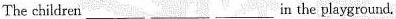
The children ___ ___ ___ in the playground.